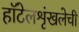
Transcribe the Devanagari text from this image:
हॉटेलशृंखलेची